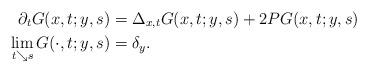
LaTeX: \begin{align*} \partial_t G(x, t ; y, s) &=\Delta_{x, t} G(x, t ; y, s)+2P G(x, t ; y, s) \\ \lim _{t \searrow s} G(\cdot, t ; y, s) &=\delta_y. \end{align*}